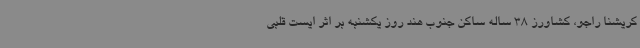
کریشنا راجو، کشاورز 38 ساله ساکن جنوب هند روز یکشنبه بر اثر ایست قلبی